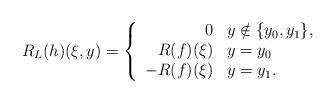
LaTeX: \begin{align*}R_L(h)(\xi,y) = \left\{\begin{array}{rl}0 & y\notin \{y_0,y_1\},\\R(f)(\xi) & y=y_0\\-R(f)(\xi) & y=y_1.\end{array}\right.\end{align*}